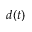
d ( t )